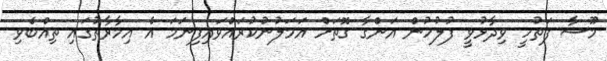
މޫސާ ފަތުހީ ވިދާޅުވީ ފުލުހުން އަންގާ ގޮތަށް އަމަލުނުކުރައްވައިފިނަމަ އެ އިމާރާތުގައި ތިއްބެވި